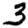
Digit: 3